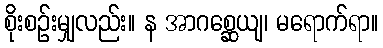
စိုးစဉ်းမျှလည်း။ န အာဂစ္ဆေယျ၊ မရောက်ရာ။